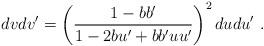
LaTeX: \begin{align*}dvdv'=\left(\frac{1-bb'}{1-2bu'+bb'uu'}\right)^2dudu'~.\end{align*}